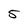
Character: 5